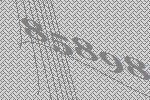
85898